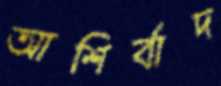
আশির্বাদ